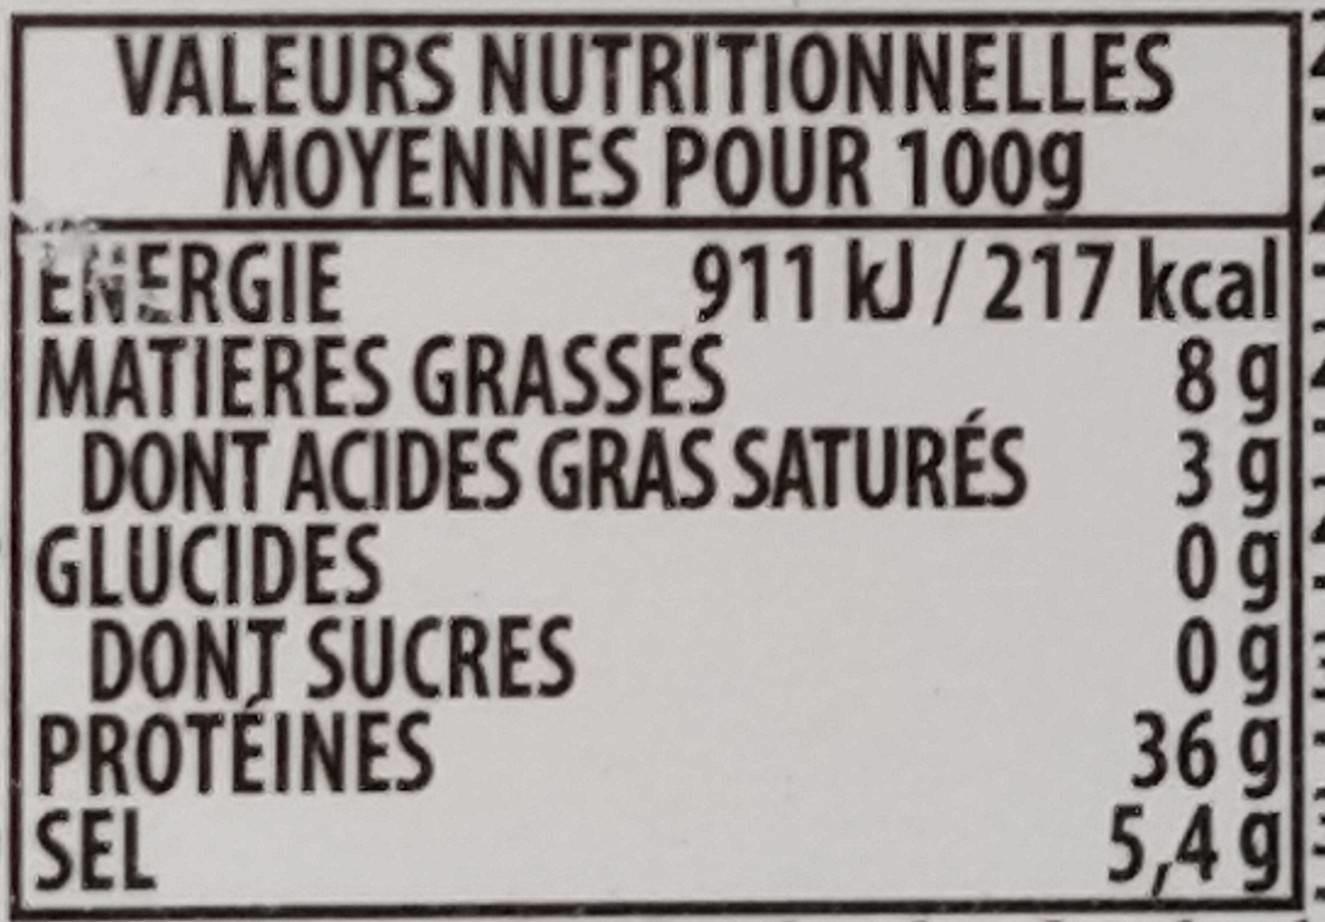
VALEURS NUTRITIONNELLES MOYENNES POUR 100g 911 kJ/217 kcal 8 9
ENERGIE MATIERES GRASSES
DONT ACIDES GRAS SATURÉS
39
GLUCIDES DONJ SUCRES PROTÉINES SEL
og 0g 36 9: 5,4g